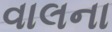
વાલના